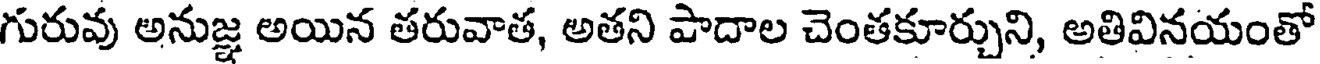
గురువు అనుజ్ఞ అయిన తరువాత, అతని పాదాల చెంతకూర్చుని, అతివినయంతో